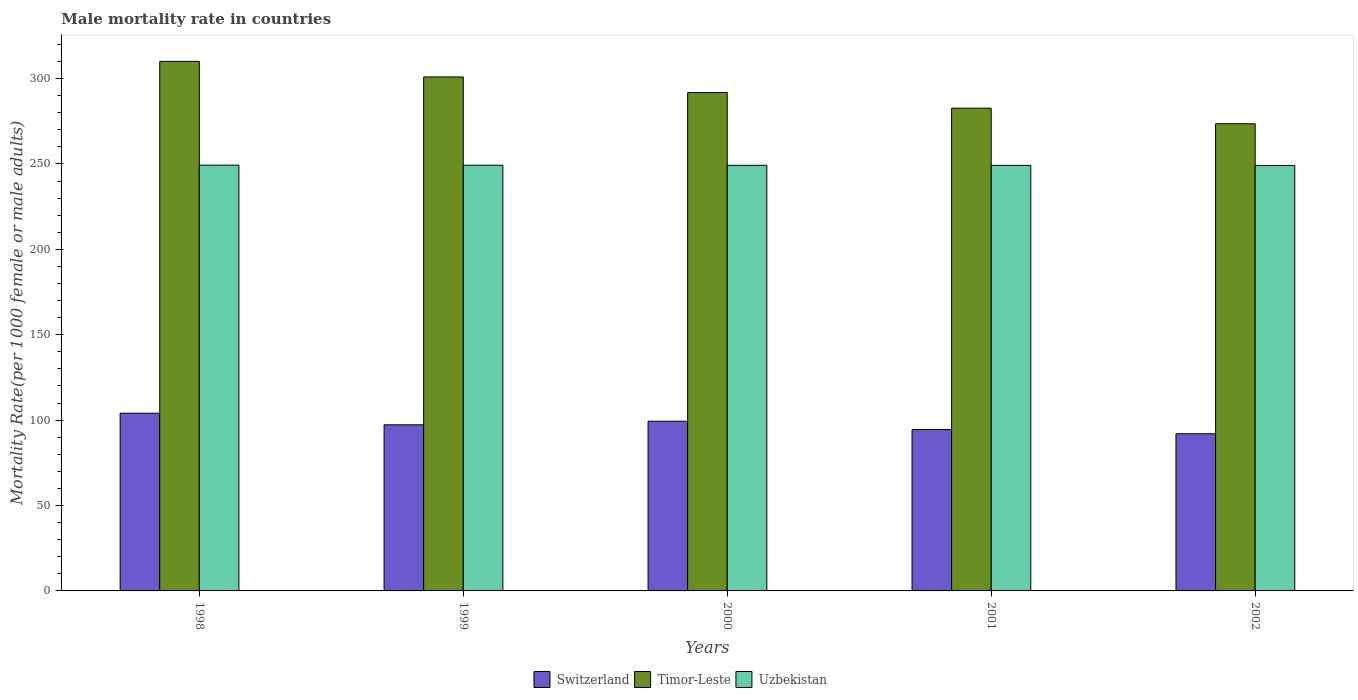
| Years | Switzerland | Timor-Leste | Uzbekistan |
 | --- | --- | --- | --- |
 | 1998 | 104 | 310 | 249 |
 | 1999 | 97.3 | 301 | 249 |
 | 2000 | 99.3 | 292 | 249 |
 | 2001 | 94.5 | 283 | 249 |
 | 2002 | 92 | 274 | 249 |